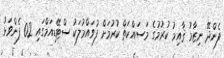
ފެންދޭ ނިޒާމު ޤާއިމު ކުރުމުގެ މަސައްކަތް ކުރުމަށް ފުވައްމުލަކު ސްޓޭޑިއަމްގައި 02 ފެންވަޅު